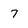
Character: 7